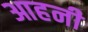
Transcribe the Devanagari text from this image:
आहनी